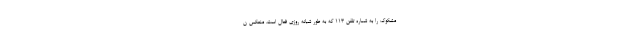
مشکوک را به شماره تلفن ۱۱۳ که به طور شبانه روزی فعال است، منعکس ن